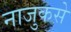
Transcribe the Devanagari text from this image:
नाजुकसे